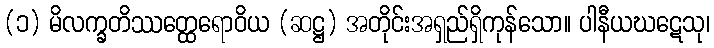
(၁) မိလက္ခတိဿတ္ထေရောဝိယ (ဆဋ္ဌ) အတိုင်းအရှည်ရှိကုန်သော။ ပါနီယဃဋေသု၊